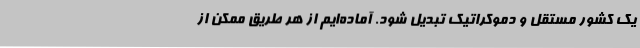
یک کشور مستقل و دموکراتیک تبدیل شود. آماده‌ایم از هر طریق ممکن از